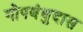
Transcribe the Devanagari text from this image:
गोपबंधुदास